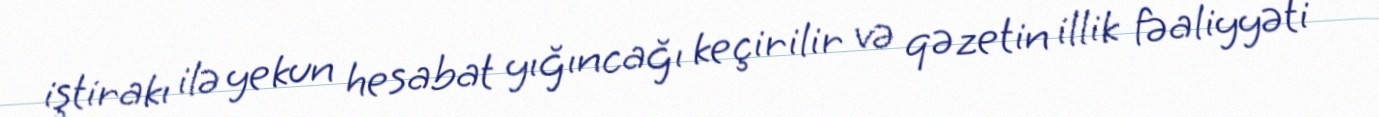
iştirakı ilə yekun hesabat yığıncağı keçirilir və qəzetin illik fəaliyyəti